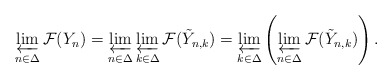
\begin{align*}\varprojlim_{n\in\Delta} \mathcal F(Y_n) = \varprojlim_{n\in\Delta} \varprojlim_{k\in\Delta} \mathcal F(\tilde Y_{n,k}) = \varprojlim_{k\in\Delta} \left(\varprojlim_{n\in\Delta} \mathcal F(\tilde Y_{n,k})\right).\end{align*}